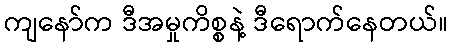
ကျနော်က ဒီအမှုကိစ္စနဲ့ ဒီရောက်နေတယ်။